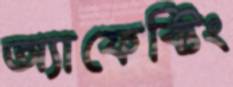
অ্যাফেক্টিং